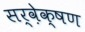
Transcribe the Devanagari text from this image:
सर्वे़क्षण